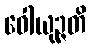
ဝေါယုဉ္ဇတိ